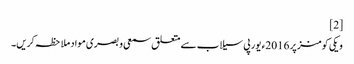
[2]
ویکی کومنز پر 2016ء یورپی سیلاب سے متعلق سمعی و بصری مواد ملاحظہ کریں۔